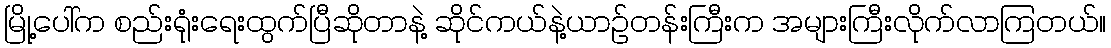
မြို့ပေါ်က စည်းရုံးရေးထွက်ပြီဆိုတာနဲ့ ဆိုင်ကယ်နဲ့ယာဉ်တန်းကြီးက အများကြီးလိုက်လာကြတယ်။